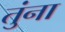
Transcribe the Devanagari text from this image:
तुंना